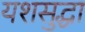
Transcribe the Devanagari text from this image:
यशसुद्धा